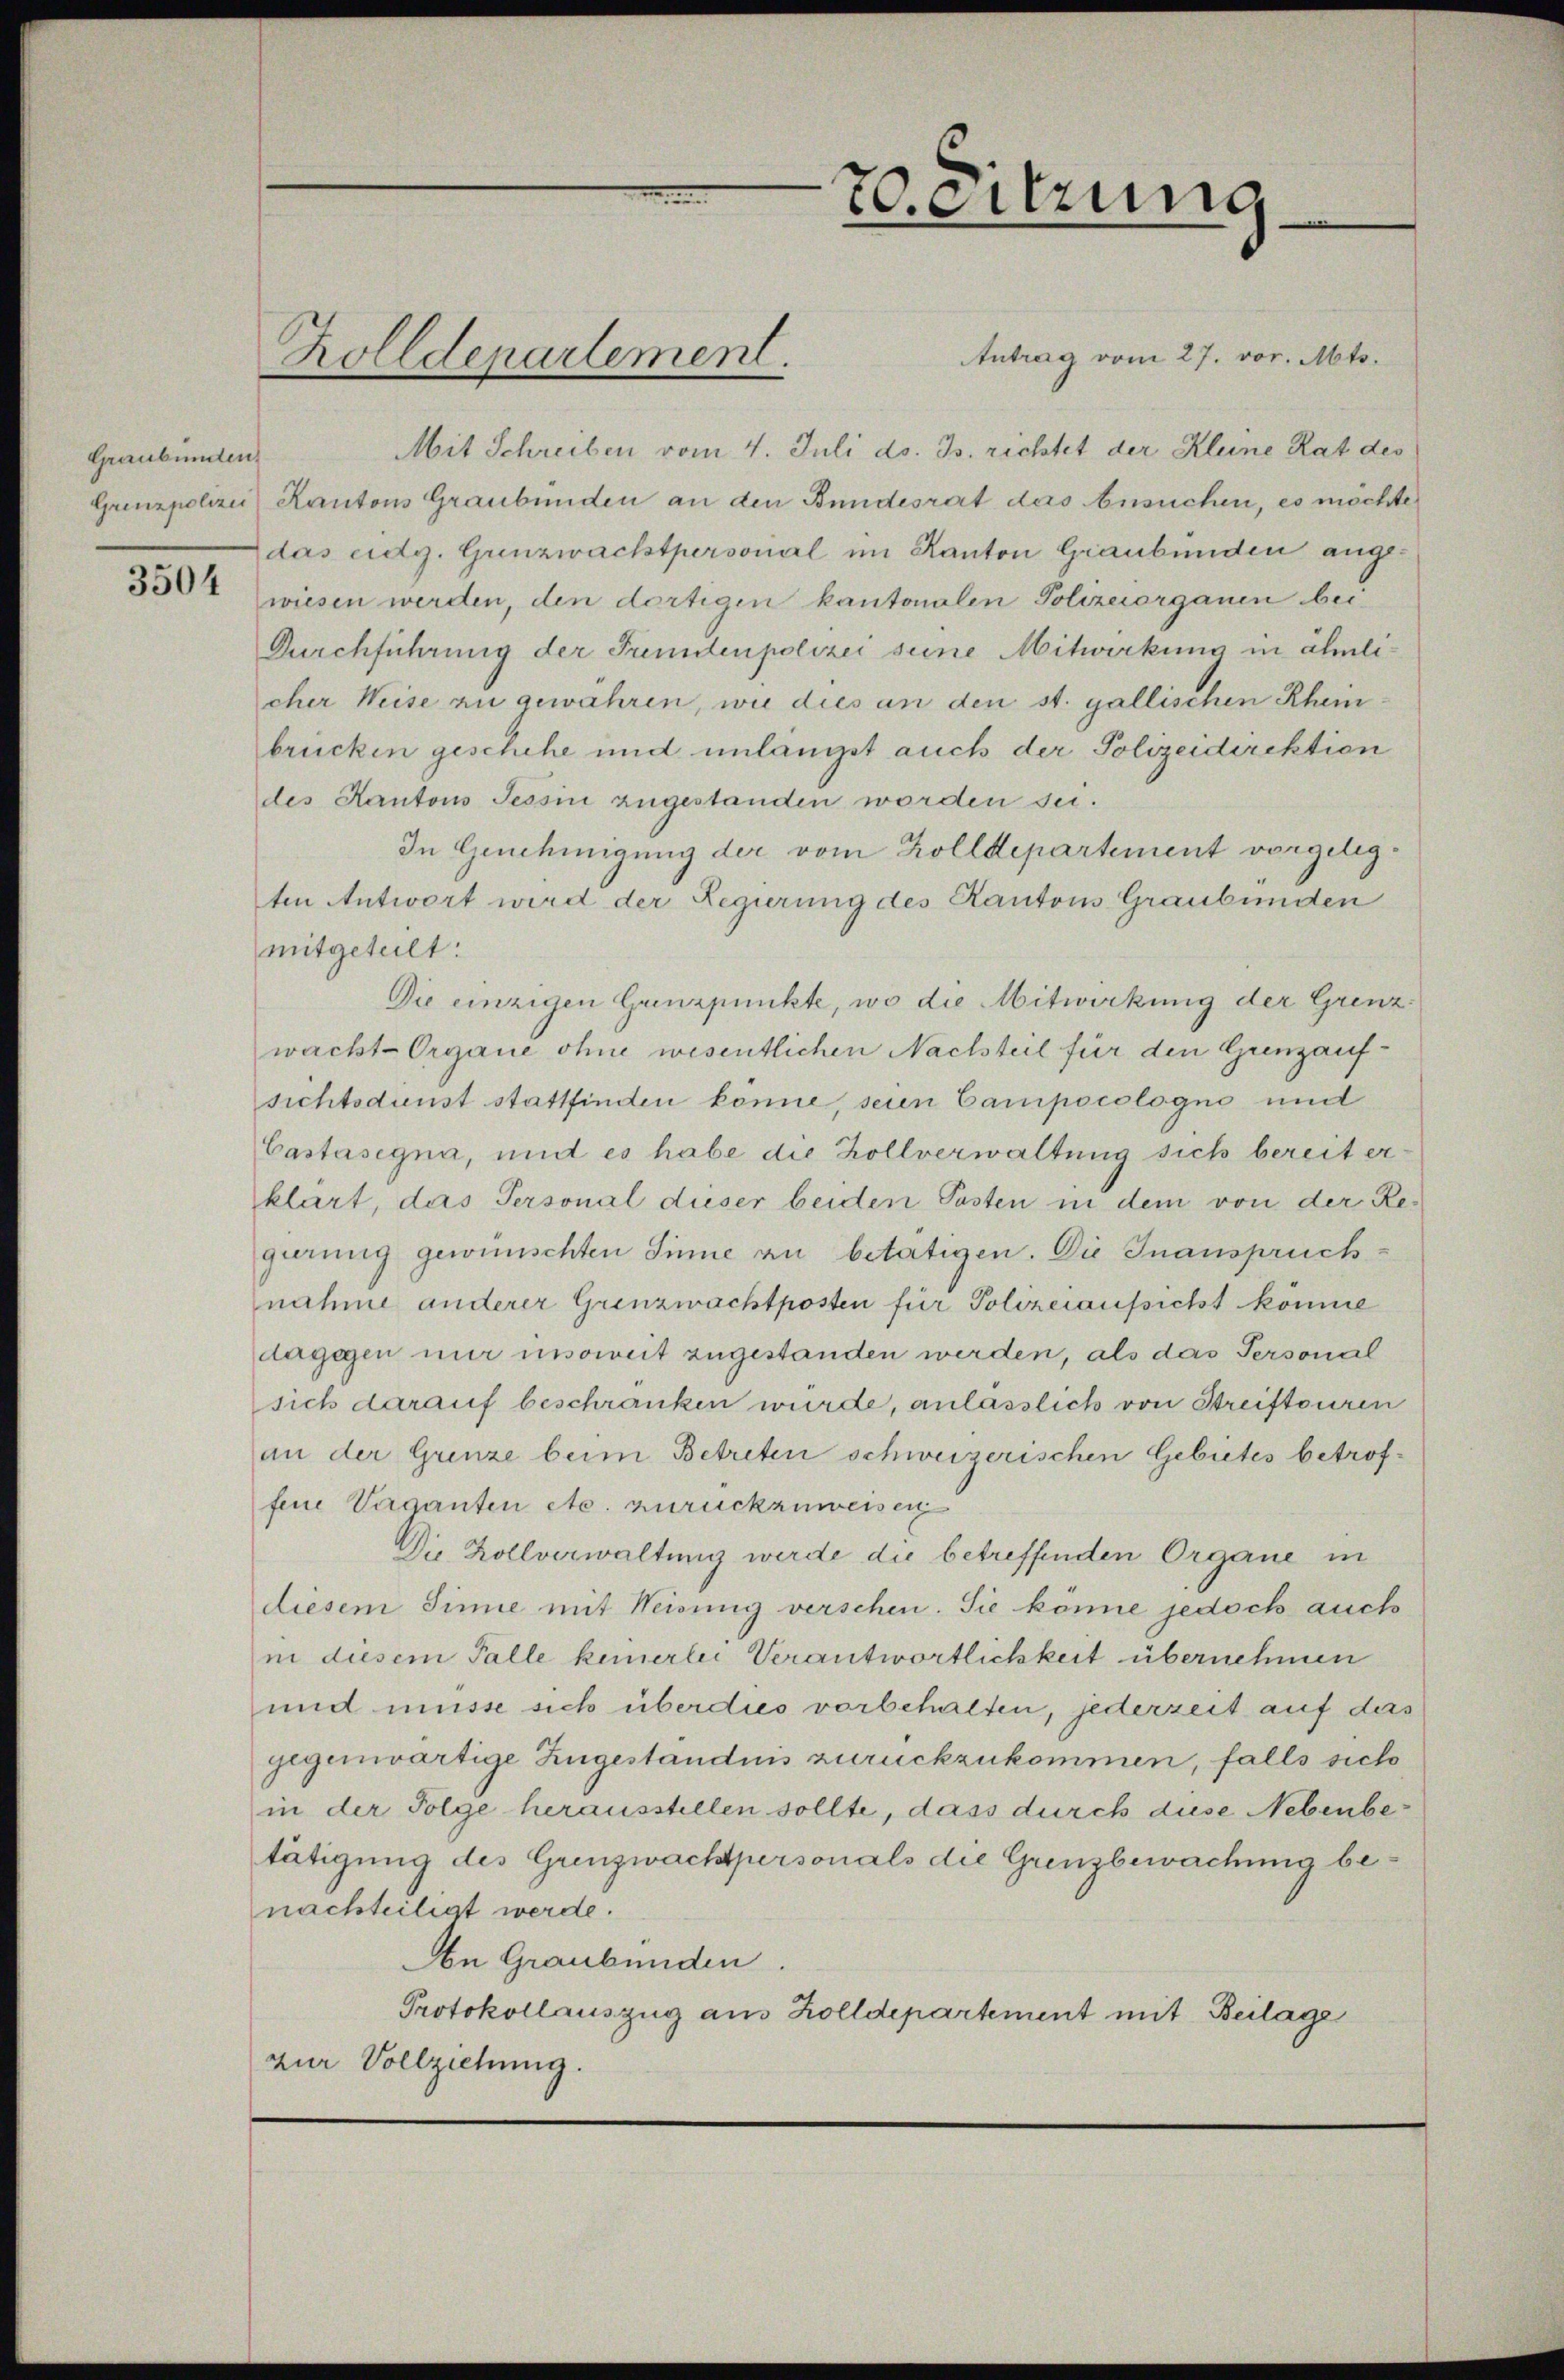
Graubünden.
3504

n
70 eitzung
Antrag vom 27. vor. Mts.
Zolldepartement.

Mit Schreiben vom 4. Juli d. Js. richtet der Kleine Rat des
Grenzpolizei Kantons Graubünden an den Bundesrat das Ansuchen, es möchte
das eidg. Gunzwachstpersonal im Kanton Graubünden angewiesen werden, den dortigen kantonalen Polizeiorganen bei
Durchführung der Trendenpolizei seine Mitwirkung in ähnlicher Weise zu gewahren, wie dies an den st. gallischen Rheinbrücken geschehe und unlängst auch der Polizeidirektion
des Kantons Tessin zugestanden worden sei.
In Genehmigung der vom Zolldepartement vorgelegten Antwort wird der Regierung des Kantons Graubünden
mitgeteilt:
Die einzigen Grenzpunkte, wo die Mitwirkung der Grenzwacht- Organe ohne wesentlichen Nachsteil für den Grenzaufsichtsdunst stattfinden könne, seien Campocologne und
Castasegna, und es habe die Zollverwaltung sich bereit erklärt, das Personal dieser beiden Posten in dem von der Regüring gewünschten Sinne an betätigen. Die Inanspruchnahme anderer Grenzwachtposten für Polizeiaufsicht könne
dagegen nur insoweit zugestanden werden, als das Personal
sich darauf beschränken wurde, anlasslich von Streiftouren
an der Grenze beim Betreten schweizerischen Gebietes betroffene Vaganten etc. zurückzuweisen
Die Rollverwaltung werde die betreffenden Organe in
diesem Sinie mit Weisung verschen. Sie könne jedoch auch
ii diesem Falle keinerlei Verantwortlichkeit übernehmen
und müsse sich überdies vorbehalten, jederzeit auf das
gegenwärtige Zugeständnis zurückzukommen, falls sich
in der Folge herausstellen sollte, dass durch diese Nebenbetätigung des Grenzwachtpersonals die Grenzbewachung benachteiligt werde.
An Graubünden.
Protokollauszug aus Zolldepartement mit Beilage
zur Vollziehung.